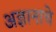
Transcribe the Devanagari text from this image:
अज्ञानाचे